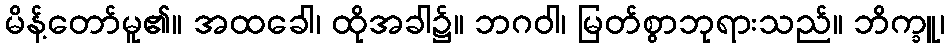
မိန့်တော်မူ၏။ အထခေါ၊ ထိုအခါ၌။ ဘဂဝါ၊ မြတ်စွာဘုရားသည်။ ဘိက္ခူ၊